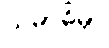
သမာဓိမှာ